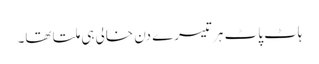
ہاٹ پاٹ ہر تیسرے دن خالی ہی ملتا تھا۔